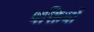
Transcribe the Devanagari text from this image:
षक्तियों